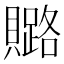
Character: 𧸚